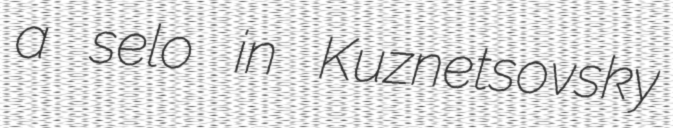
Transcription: a selo in Kuznetsovsky